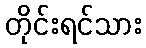
တိုင်းရင်သား